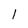
Character: l